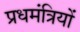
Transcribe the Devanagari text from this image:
प्रधमंत्रियों